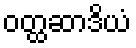
ဝတ္ထဆာဒိယံ